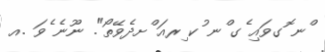
ްނ ޮގވައި ެގ ްނ ުކ ިރއަ ްށދެވޭތޯ". ނޫނެ ެވަ .އ